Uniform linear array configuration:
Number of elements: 64
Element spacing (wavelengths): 0.5
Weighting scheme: binomial
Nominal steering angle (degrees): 45
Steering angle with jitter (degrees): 45.402
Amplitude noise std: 0.05
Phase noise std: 0.05

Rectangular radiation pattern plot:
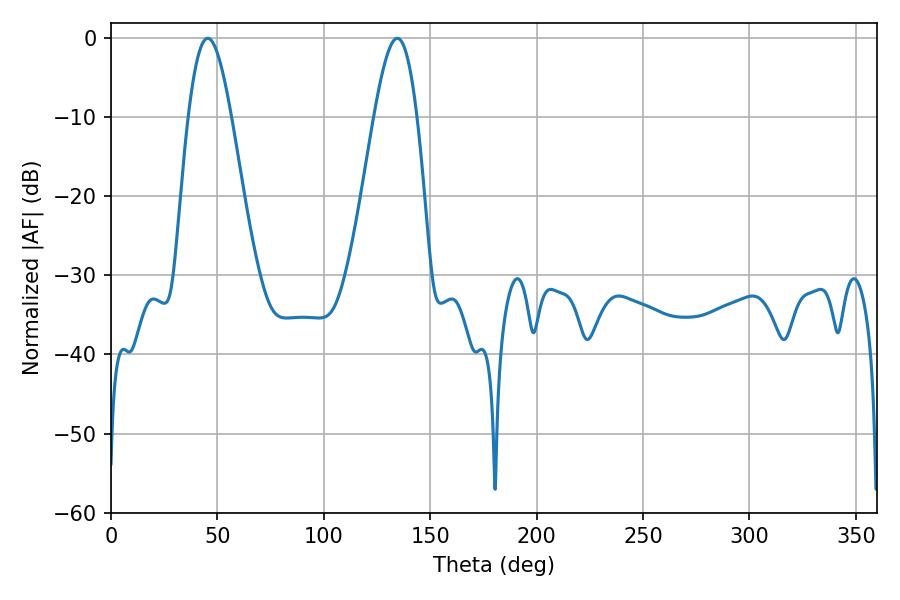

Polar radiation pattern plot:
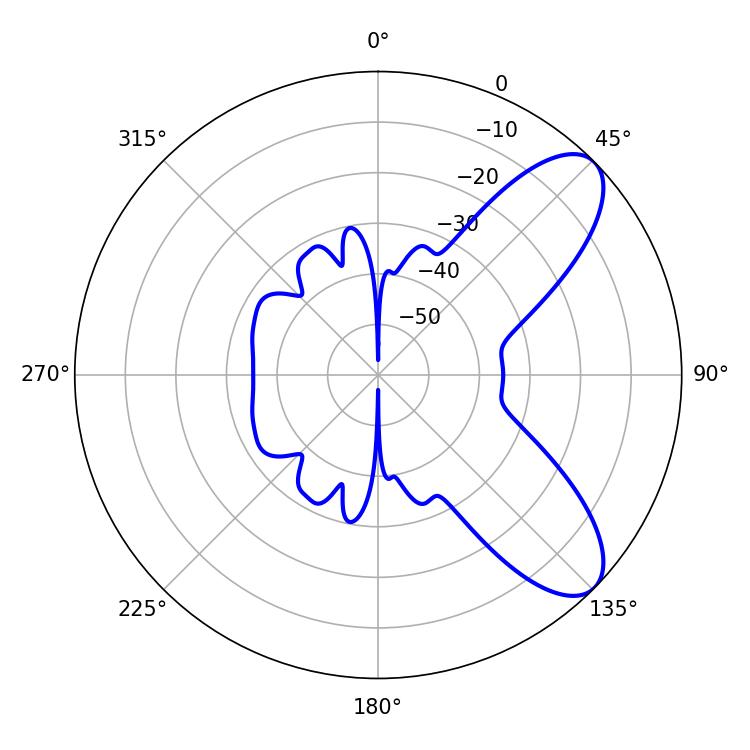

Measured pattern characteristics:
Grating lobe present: FALSE
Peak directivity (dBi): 8.286
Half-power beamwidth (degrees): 10.8
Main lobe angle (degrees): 45.54